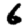
Digit: 6